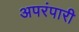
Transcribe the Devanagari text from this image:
अपरंपारी